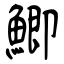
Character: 鯽